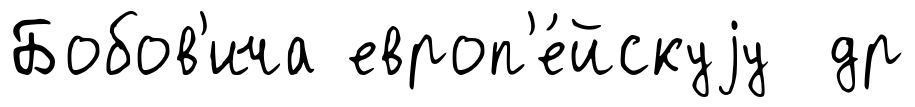
Бобов'ича европ'е́йскуjу др